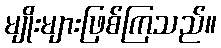
မျိုးများဖြစ်ကြသည်။